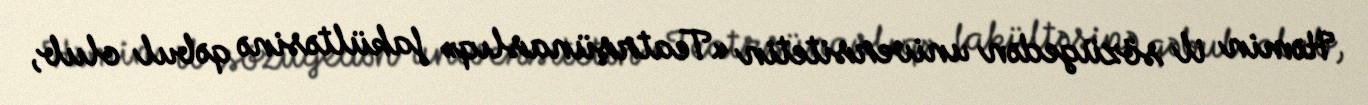
Həmin il sözügedən universitetin «Teatrşünaslıq» fakültəsinə qəbul olub,